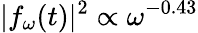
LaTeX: |f_{\omega}(t)|^{2}\propto\omega^{-0.43}